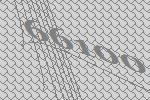
66100